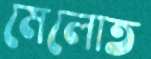
মেলোত